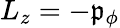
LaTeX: L_{z}=-\mathfrak{p}_{\phi}